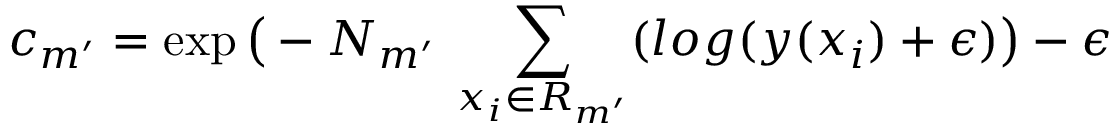
c _ { m ^ { \prime } } = \exp \big ( - N _ { m ^ { \prime } } \: \sum _ { x _ { i } \in R _ { m ^ { \prime } } } ( l o g ( y ( x _ { i } ) + \epsilon ) \big ) - \epsilon